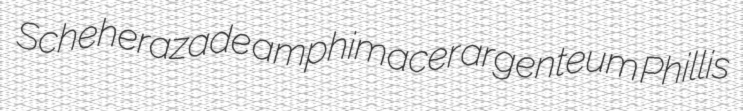
Scheherazade amphimacer argenteum Phillis